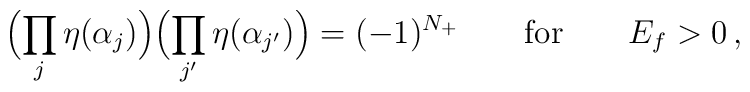
\Bigl( \prod_j \eta(\alpha_j) \Bigr) \Bigl( \prod_{j'}            \eta(\alpha_{j'}) \Bigr) = (-1)^{N_+} \qquad {\rm for} \qquad E_f > 0 \,,